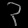
Digit: ၃